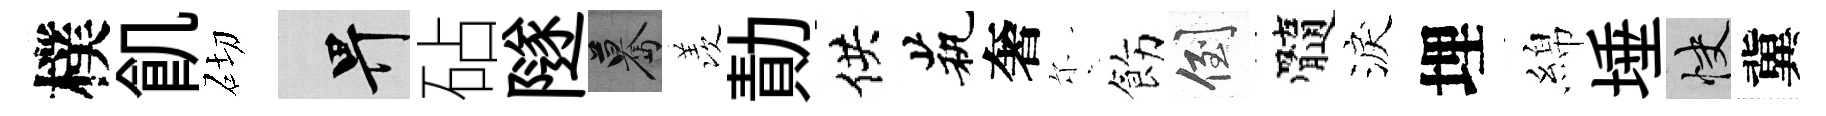
樸飢砌畀砧隧驀羡勣供茕奢尓飭倒髓淚埋綿埵快冀